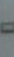
-